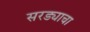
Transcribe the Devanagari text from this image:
सरड्याचा